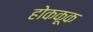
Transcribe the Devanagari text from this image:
होककूक